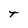
Character: T